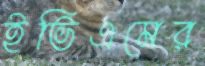
ইভিএমের